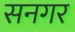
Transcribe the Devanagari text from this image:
सनगर